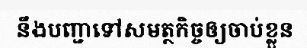
នឹងបញ្ជាទៅសមត្ថកិច្ចឲ្យចាប់ខ្លួន